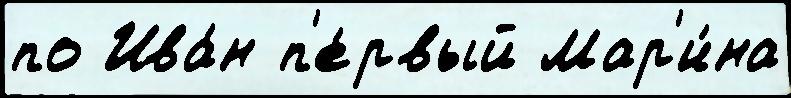
по Ива́н п'е́рвый Мар'и́на